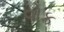
વોક